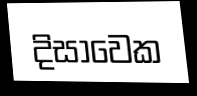
දිසාවෙක